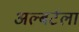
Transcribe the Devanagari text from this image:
अल्बर्टला